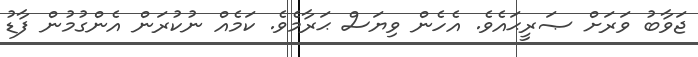
ޖަވާބު ވަރަށް ޞަރީޙައެވެ. އެހެން ވިޔަސް ޙަރާމެވެ. ކަމެއް ނުކުރަން އެންގުމުން ފާޑު